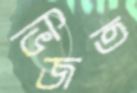
ভিজত